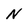
Character: N